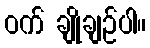
ဝက် ချိုချဉ်ပါ။